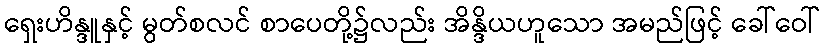
ရှေးဟိန္ဒူနှင့် မွတ်စလင် စာပေတို့၌လည်း အိန္ဒိယဟူသော အမည်ဖြင့် ခေါ်ဝေါ်